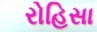
રોહિસા